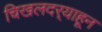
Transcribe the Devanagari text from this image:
चिखलदर्‍याहून